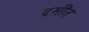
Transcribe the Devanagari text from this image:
दमीत